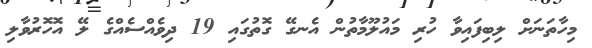
މިހާތަނަށް ލިބިފައިވާ ހުރި މައުލޫމާތުން އެނގޭ ގޮތުގައި 19 ދިވެއްސެއްގެ ލޭ އޮހޮރުވާލި